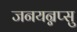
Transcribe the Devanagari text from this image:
जनयन्नप्सु